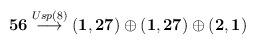
LaTeX: \begin{align*}{\bf 56}\stackrel{Usp(8)}{\longrightarrow}({\bf 1,27})\oplus({\bf 1,27})\oplus({\bf 2,1})\end{align*}